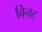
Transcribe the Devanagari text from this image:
बिनट